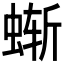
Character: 𰳂